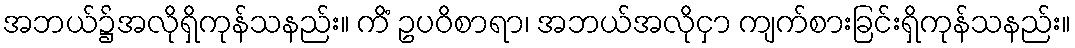
အဘယ်၌အလိုရှိကုန်သနည်း။ ကိံ ဥပဝိစာရာ၊ အဘယ်အလိုငှာ ကျက်စားခြင်းရှိကုန်သနည်း။